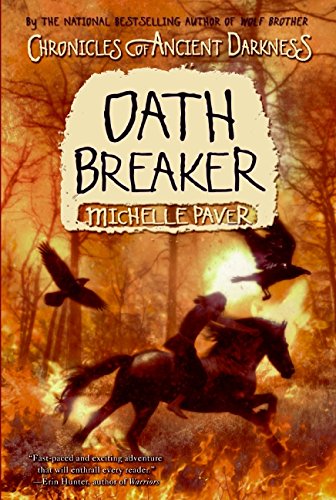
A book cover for Chronicles of Ancient Darkness #5: Oath Breaker; Michelle Paver; Children's Books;